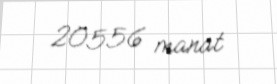
20556 manat